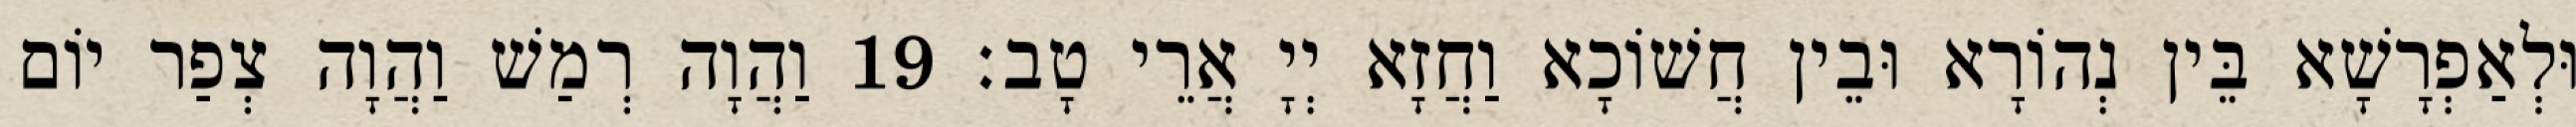
וּלְאַפְרָשָׁא בֵּין נְהוֹרָא וּבֵין חֲשׁוֹכָא וַחֲזָא יְיָ אֲרֵי טָב׃ 19 וַהֲוָה רְמַשׁ וַהֲוָה צְפַר יוֹם